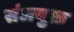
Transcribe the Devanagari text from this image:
संजयुक्त